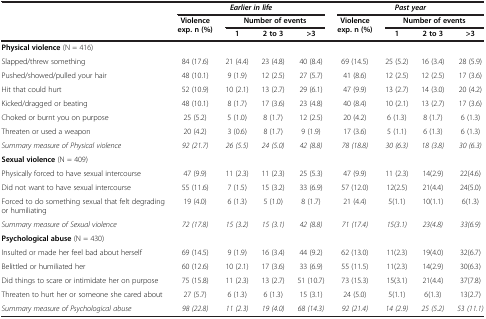
<table><thead><tr><td><b> </b></td><td colspan="4"><b><i>Earlier in life</i></b></td><td colspan="4"><b><i>Past year</i></b></td></tr><tr><td><b> </b></td><td rowspan="2"><b>Violence exp. n (%)</b></td><td colspan="3"><b>Number of events</b></td><td rowspan="2"><b>Violence exp. n (%)</b></td><td colspan="3"><b>Number of events</b></td></tr><tr><td><b> </b></td><td><b>1</b></td><td><b>2 to 3</b></td><td><b>&gt;3</b></td><td><b>1</b></td><td><b>2 to 3</b></td><td><b>&gt;3</b></td></tr></thead><tbody><tr><td><b>Physical violence</b> (N = 416)</td><td> </td><td> </td><td> </td><td> </td><td> </td><td> </td><td> </td><td> </td></tr><tr><td>Slapped/threw something</td><td>84 (17.6)</td><td>21 (4.4)</td><td>23 (4.8)</td><td>40 (8.4)</td><td>69 (14.5)</td><td>25 (5.2)</td><td>16 (3.4)</td><td>28 (5.9)</td></tr><tr><td>Pushed/showed/pulled your hair</td><td>48 (10.1)</td><td>9 (1.9)</td><td>12 (2.5)</td><td>27 (5.7)</td><td>41 (8.6)</td><td>12 (2.5)</td><td>12 (2.5)</td><td>17 (3.6)</td></tr><tr><td>Hit that could hurt</td><td>52 (10.9)</td><td>10 (2.1)</td><td>13 (2.7)</td><td>29 (6.1)</td><td>47 (9.9)</td><td>13 (2.7)</td><td>14 (3.0)</td><td>20 (4.2)</td></tr><tr><td>Kicked/dragged or beating</td><td>48 (10.1)</td><td>8 (1.7)</td><td>17 (3.6)</td><td>23 (4.8)</td><td>40 (8.4)</td><td>10 (2.1)</td><td>13 (2.7)</td><td>17 (3.6)</td></tr><tr><td>Choked or burnt you on purpose</td><td>25 (5.2)</td><td>5 (1.0)</td><td>8 (1.7)</td><td>12 (2.5)</td><td>20 (4.2)</td><td>6 (1.3)</td><td>8 (1.7)</td><td>6 (1.3)</td></tr><tr><td>Threaten or used a weapon</td><td>20 (4.2)</td><td>3 (0.6)</td><td>8 (1.7)</td><td>9 (1.9)</td><td>17 (3.6)</td><td>5 (1.1)</td><td>6 (1.3)</td><td>6 (1.3)</td></tr><tr><td><i>Summary measure of Physical violence</i></td><td><i>92 (21.7)</i></td><td><i>26 (5.5)</i></td><td><i>24 (5.0)</i></td><td><i>42 (8.8)</i></td><td><i>78 (18.8)</i></td><td><i>30 (6.3)</i></td><td><i>18 (3.8)</i></td><td><i>30 (6.3)</i></td></tr><tr><td><b>Sexual violence</b> (N = 409)</td><td> </td><td> </td><td> </td><td> </td><td> </td><td> </td><td> </td><td> </td></tr><tr><td>Physically forced to have sexual intercourse</td><td>47 (9.9)</td><td>11 (2.3)</td><td>11 (2.3)</td><td>25 (5.3)</td><td>47 (9.9)</td><td>11 (2.3)</td><td>14(2.9)</td><td>22(4.6)</td></tr><tr><td>Did not want to have sexual intercourse</td><td>55 (11.6)</td><td>7 (1.5)</td><td>15 (3.2)</td><td>33 (6.9)</td><td>57 (12.0)</td><td>12(2.5)</td><td>21(4.4)</td><td>24(5.0)</td></tr><tr><td>Forced to do something sexual that felt degrading or humiliating</td><td>19 (4.0)</td><td>6 (1.3)</td><td>5 (1.0)</td><td>8 (1.7)</td><td>21 (4.4)</td><td>5(1.1)</td><td>10(1.1)</td><td>6(1.3)</td></tr><tr><td><i>Summary measure of Sexual violence</i></td><td><i>72 (17.8)</i></td><td><i>15 (3.2)</i></td><td><i>15 (3.1)</i></td><td><i>42 (8.8)</i></td><td><i>71 (17.4)</i></td><td><i>15(3.1)</i></td><td><i>23(4.8)</i></td><td><i>33(6.9)</i></td></tr><tr><td><b>Psychological abuse</b> (N = 430)</td><td> </td><td> </td><td> </td><td> </td><td> </td><td> </td><td> </td><td> </td></tr><tr><td>Insulted or made her feel bad about herself</td><td>69 (14.5)</td><td>9 (1.9)</td><td>16 (3.4)</td><td>44 (9.2)</td><td>62 (13.0)</td><td>11(2.3)</td><td>19(4.0)</td><td>32(6.7)</td></tr><tr><td>Belittled or humiliated her</td><td>60 (12.6)</td><td>10 (2.1)</td><td>17 (3.6)</td><td>33 (6.9)</td><td>55 (11.5)</td><td>11(2.3)</td><td>14(2.9)</td><td>30(6.3)</td></tr><tr><td>Did things to scare or intimidate her on purpose</td><td>75 (15.8)</td><td>11 (2.3)</td><td>13 (2.7)</td><td>51 (10.7)</td><td>73 (15.3)</td><td>15(3.1)</td><td>21(4.4)</td><td>37(7.8)</td></tr><tr><td>Threaten to hurt her or someone she cared about</td><td>27 (5.7)</td><td>6 (1.3)</td><td>6 (1.3)</td><td>15 (3.1)</td><td>24 (5.0)</td><td>5(1.1)</td><td>6(1.3)</td><td>13(2.7)</td></tr><tr><td><i>Summary measure of Psychological abuse</i></td><td><i>98 (22.8)</i></td><td><i>11 (2.3)</i></td><td><i>19 (4.0)</i></td><td><i>68 (14.3)</i></td><td><i>92 (21.4)</i></td><td><i>14 (2.9)</i></td><td><i>25 (5.2)</i></td><td><i>53 (11.1)</i></td></tr></tbody></table>